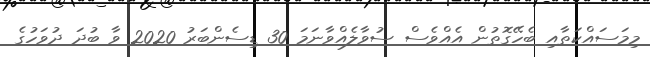
މިމަސައްކަތާއި ބެހޭގޮތުން އެއްވެސް ސުވާލެއްވާނަމަ 30 ޑިސެންބަރު 2020 ވާ ބުދަ ދުވަހުގެ